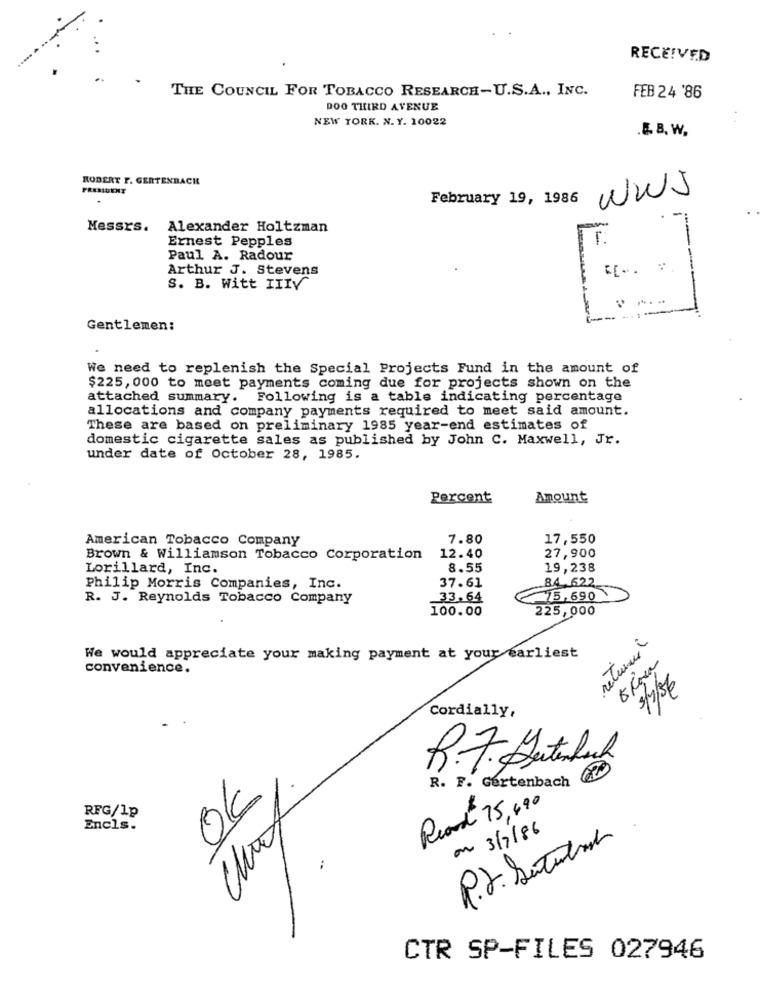
RECEIVED
THE COUNCIL FOR TOBACCO RESEARCH-U.S.A ., INC.
FEB 24 '86
DOO THIRD AVENUE
NEW YORK. N. Y. 10022
.E. B. W.
ROBERT F. GERTENBACH
WWJ
February 19, 1986
1
Messrs. Alexander Holtzman
-
Ernest Pepples
Paul A. Radour
Arthur J. Stevens
S. B. Witt IIIV
Gentlemen:
We need to replenish the Special Projects Fund in the amount of
$225, 000 to meet payments coming due for projects shown on the
attached summary. Following is a table indicating percentage
allocations and company payments required to meet said amount.
These are based on preliminary 1985 year-end estimates of
domestic cigarette sales as published by John C. Maxwell, Jr.
under date of October 28, 1985.
Percent
Amount
American Tobacco Company
7.80
17, 550
Brown & Williamson Tobacco Corporation
12.40
27,900
Lorillard, Inc.
8.55
19,238
84 .622
Philip Morris Companies, Inc.
37.61
R. J. Reynolds Tobacco Company
33.64
15,690
100.00
225,000
returned
We would appreciate your making payment at your earliest
5 Casa
convenience.
3/7/36
Cordially,
R.7. Gutenluck
R. F. Gertenbach
Read 75,690
RFG/Lp
OK
Encls.
on 3/7/86
P.S. Sutura
:
CTR SP-FILES 027946